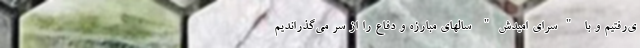
ی‌رفتیم و با "سرای امیدش" سالهای مبارزه و دفاع را از سر می‌گذراندیم